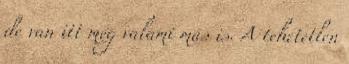
de van itt még valami más is. A tehetetlen